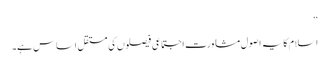
‘‘
اسلام کا یہ اصول مشاورت اجتماعی فیصلوں کی مستقل اساس ہے۔